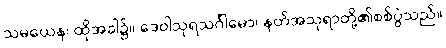
သမယေန၊ ထိုအခါ၌။ ဒေဝါသုရသင်္ဂါမော၊ နတ်အသုရာတို့၏စစ်ပွဲသည်။